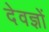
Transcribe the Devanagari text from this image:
देवज्ञों